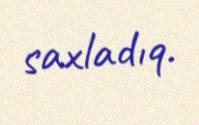
saxladıq.